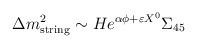
LaTeX: \begin{align*}\Delta m_{\rm string}^2 \sim He^{\alpha \phi + \varepsilon X^0 }\Sigma_{45} \end{align*}